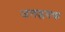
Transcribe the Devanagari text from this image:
जलप्लवक